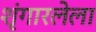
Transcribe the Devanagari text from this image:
शृंगारलेला